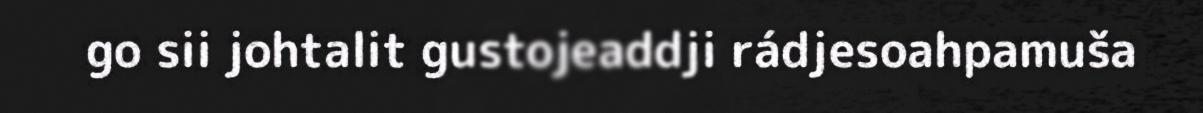
go sii johtalit gustojeaddji rádjesoahpamuša